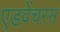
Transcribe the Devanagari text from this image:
एडवेंचरस